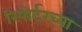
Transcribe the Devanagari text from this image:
रिपोर्टरच्या